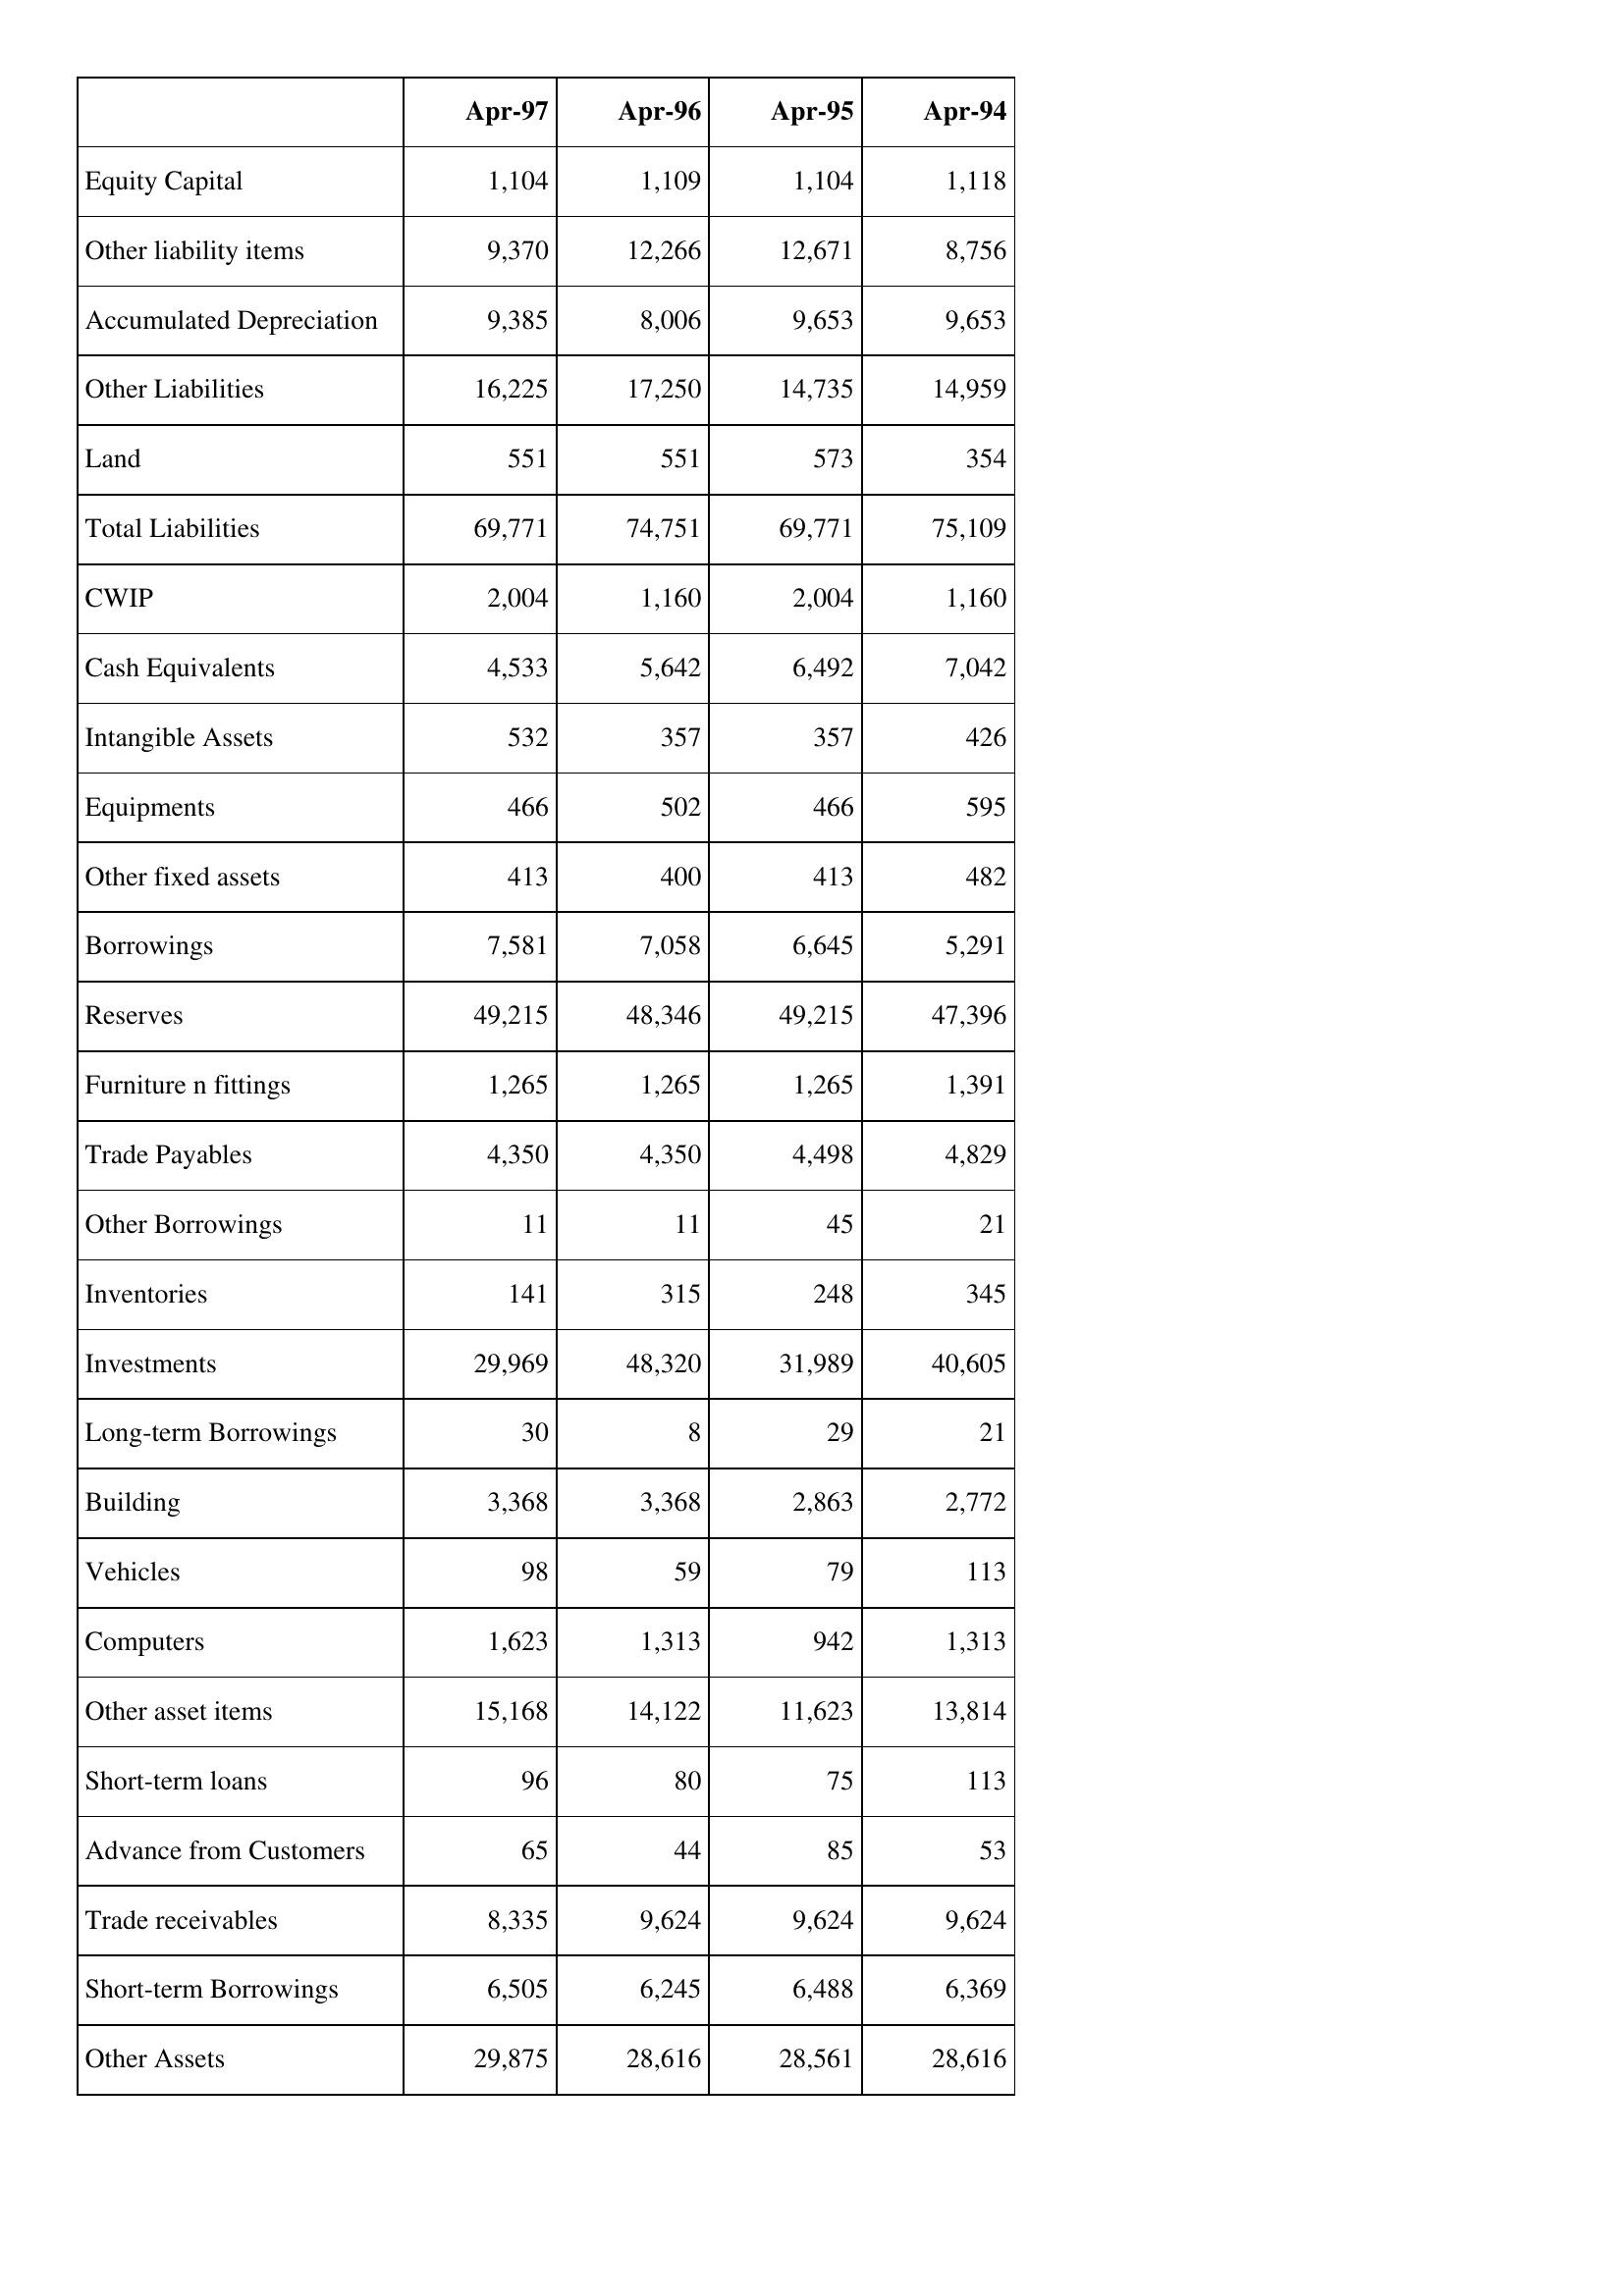
Apr-97: Balance Sheet: Equity Capital: 1,104
Other liability items: 9,370
Accumulated Depreciation: 9,385
Other Liabilities: 16,225
Land: 551
Total Liabilities: 69,771
CWIP: 2,004
Cash Equivalents: 4,533
Intangible Assets: 532
Equipments: 466
Other fixed assets: 413
Borrowings: 7,581
Reserves: 49,215
Furniture n fittings: 1,265
Trade Payables: 4,350
Other Borrowings: 11
Inventories: 141
Investments: 29,969
Long-term Borrowings: 30
Building: 3,368
Vehicles: 98
Computers: 1,623
Other asset items: 15,168
Short-term loans: 96
Advance from Customers: 65
Trade receivables: 8,335
Short-term Borrowings: 6,505
Other Assets: 29,875
Apr-96: Balance Sheet: Equity Capital: 1,109
Other liability items: 12,266
Accumulated Depreciation: 8,006
Other Liabilities: 17,250
Land: 551
Total Liabilities: 74,751
CWIP: 1,160
Cash Equivalents: 5,642
Intangible Assets: 357
Equipments: 502
Other fixed assets: 400
Borrowings: 7,058
Reserves: 48,346
Furniture n fittings: 1,265
Trade Payables: 4,350
Other Borrowings: 11
Inventories: 315
Investments: 48,320
Long-term Borrowings: 8
Building: 3,368
Vehicles: 59
Computers: 1,313
Other asset items: 14,122
Short-term loans: 80
Advance from Customers: 44
Trade receivables: 9,624
Short-term Borrowings: 6,245
Other Assets: 28,616
Apr-95: Balance Sheet: Equity Capital: 1,104
Other liability items: 12,671
Accumulated Depreciation: 9,653
Other Liabilities: 14,735
Land: 573
Total Liabilities: 69,771
CWIP: 2,004
Cash Equivalents: 6,492
Intangible Assets: 357
Equipments: 466
Other fixed assets: 413
Borrowings: 6,645
Reserves: 49,215
Furniture n fittings: 1,265
Trade Payables: 4,498
Other Borrowings: 45
Inventories: 248
Investments: 31,989
Long-term Borrowings: 29
Building: 2,863
Vehicles: 79
Computers: 942
Other asset items: 11,623
Short-term loans: 75
Advance from Customers: 85
Trade receivables: 9,624
Short-term Borrowings: 6,488
Other Assets: 28,561
Apr-94: Balance Sheet: Equity Capital: 1,118
Other liability items: 8,756
Accumulated Depreciation: 9,653
Other Liabilities: 14,959
Land: 354
Total Liabilities: 75,109
CWIP: 1,160
Cash Equivalents: 7,042
Intangible Assets: 426
Equipments: 595
Other fixed assets: 482
Borrowings: 5,291
Reserves: 47,396
Furniture n fittings: 1,391
Trade Payables: 4,829
Other Borrowings: 21
Inventories: 345
Investments: 40,605
Long-term Borrowings: 21
Building: 2,772
Vehicles: 113
Computers: 1,313
Other asset items: 13,814
Short-term loans: 113
Advance from Customers: 53
Trade receivables: 9,624
Short-term Borrowings: 6,369
Other Assets: 28,616